Civil Veterinary Dept. North-West Frontier Province 1901-22 - 1901-1922
Year: 1901
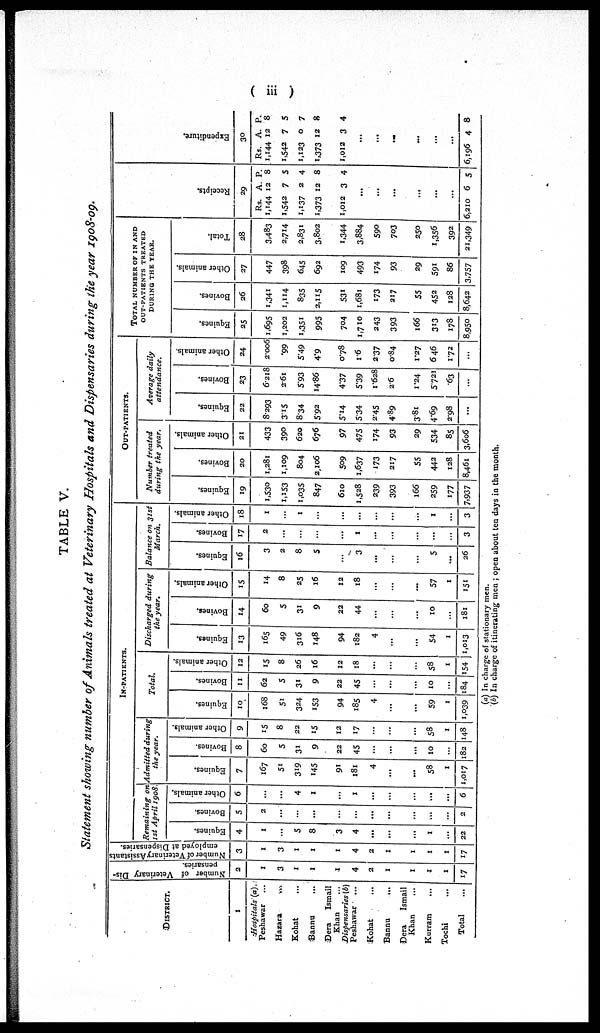
( iii )
TABLE V.
Statement showing number of Animals treated at Veterinary Hospitals and Dispensaries during the year 1908-09.
DISTRICT.
1
Hospitals (a).
Peshawar ...
Hazara ...
Kohat ...
Bannu ...
Dera
Ismail
Khan ...
Dispensaries
(b)
Peshawar ...
Kohat ...
Bannu ...
Dera
Ismail
Khan ...
Kurram ...
Tochi ...
Total ...
Number of Veterinary Dis-
pensaries.
2
1
3
1
1
1
4
2
1
1
1
1
17
Number of Veterinary Assistants
employed at Dispensaries.
3
1
3
1
1
4
2
1
1
1
1
17
IN-PATIENTS.
Remaining
on
1st April 1908.
Equines.
4
1
...
5
8
3
4
...
...
...
1
...
22
Bovines.
5
2
...
...
...
...
...
...
...
...
...
2
Other animals.
6
...
...
4
I
...
1
...
...
...
...
...
6
Admitted
during
the year.
Equines.
7
167
51
319
145
91
181
4
...
...
58
1
1,017
Bovines.
8
60
5
31
9
22
45
...
...
...
10
...
182
Other animals.
9
15
8
22
15
12
17
...
...
...
58
1
148
Total.
Equines.
10
168
51
324
153
94
185
4
...
...
59
1
1,039
Bovines.
11
62
5
31
9
22
45
...
...
...
10
...
184
Other animals.
12
15
8
26
16
12
18
...
...
...
58
1
154
Discharged
during
the year.
Equines.
13
165
49
316
148
94
182
4
...
...
54
1
1,013
Bovines.
14
60
5
31
9
22
44
...
...
...
10
...
181
Other animals.
15
14
8
25
16
12
18
...
...
...
57
1
151
Balance on 31st
March.
Equines.
16
3
2
8
5
...
3
...
...
...
5
...
26
Bovines.
17
2
...
...
...
...
I
...
...
...
...
...
3
Other animals.
18
1
...
1
...
...
...
...
...
...
1
...
3
OUT-PATIENTS.
Number
treated
during the year.
Equines.
19
1,530
1,153
1,035
847
610
1,528
239
393
166
259
177
7.937
Bovines.
20
1,281
1,109
804
2,106
509
1,637
173
217
55
442
128
8,461
Other animals.
21
433
390
620
676
97
475
174
93
29
534
85
3,606
Average
daily
attendance.
Equines.
22
8.293
3.15
8.34
5.92
5.14
5.34
2.45
4.89
3.81
4.69
2.98
...
Bovines.
23
6.218
2.61
5.93
14.86
4.37
5.39
1.628
2.6
1.24
5.721
.63
...
Other animals.
24
2.006
.99
5.49
4.9
0.78
1.6
2.37
0.84
1.27
6.46
1.72
...
TOTAL NUMBER OF IN AND
OUT-PATIENTS
TREATED
DURING THE YEAR.
Equines.
25
1,695
1,202
1,351
995
704
1,710
243
393
166
313
178
8,950
Bovines.
26
1,341
1,114
835
2,115
531
1,681
173
217
55
452
128
8,642
Other animals.
27
447
398
645
692
109
493
174
93
29
591
86
3,757
Total.
28
3,483
2,714
2,831
3.802
1,344
3,884
590
703
250
1,356
392
21,349
Receipts.
29
Rs.
1,144
1,542
1,137
1,373
1,012
6,210
A.
12
7
2
12
3
...
...
...
...
...
...
6
P.
8
5
4
8
4
5
Expenditure.
30
Rs.
1,144
1,542
1,123
1,373
1,012
6,196
A.
12
7
0
12
3
...
...
...
...
...
...
4
P.
8
5
7
8
4
8
(a) In charge of stationary men.
(b) In charge of itinerating men ; open about ten days in the month.